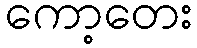
ကော့တေး